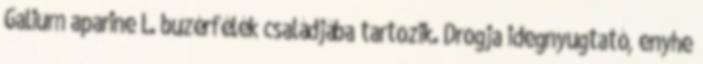
Galium aparine L. buzérfélék családjába tartozik. Drogja idegnyugtató, enyhe